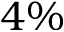
4 \%